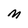
Character: M